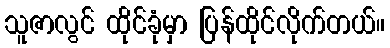
သူဇာလွင် ထိုင်ခုံမှာ ပြန်ထိုင်လိုက်တယ်။